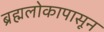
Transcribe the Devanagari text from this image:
ब्रह्मलोकापासून